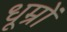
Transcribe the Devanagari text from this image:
धूम्रों